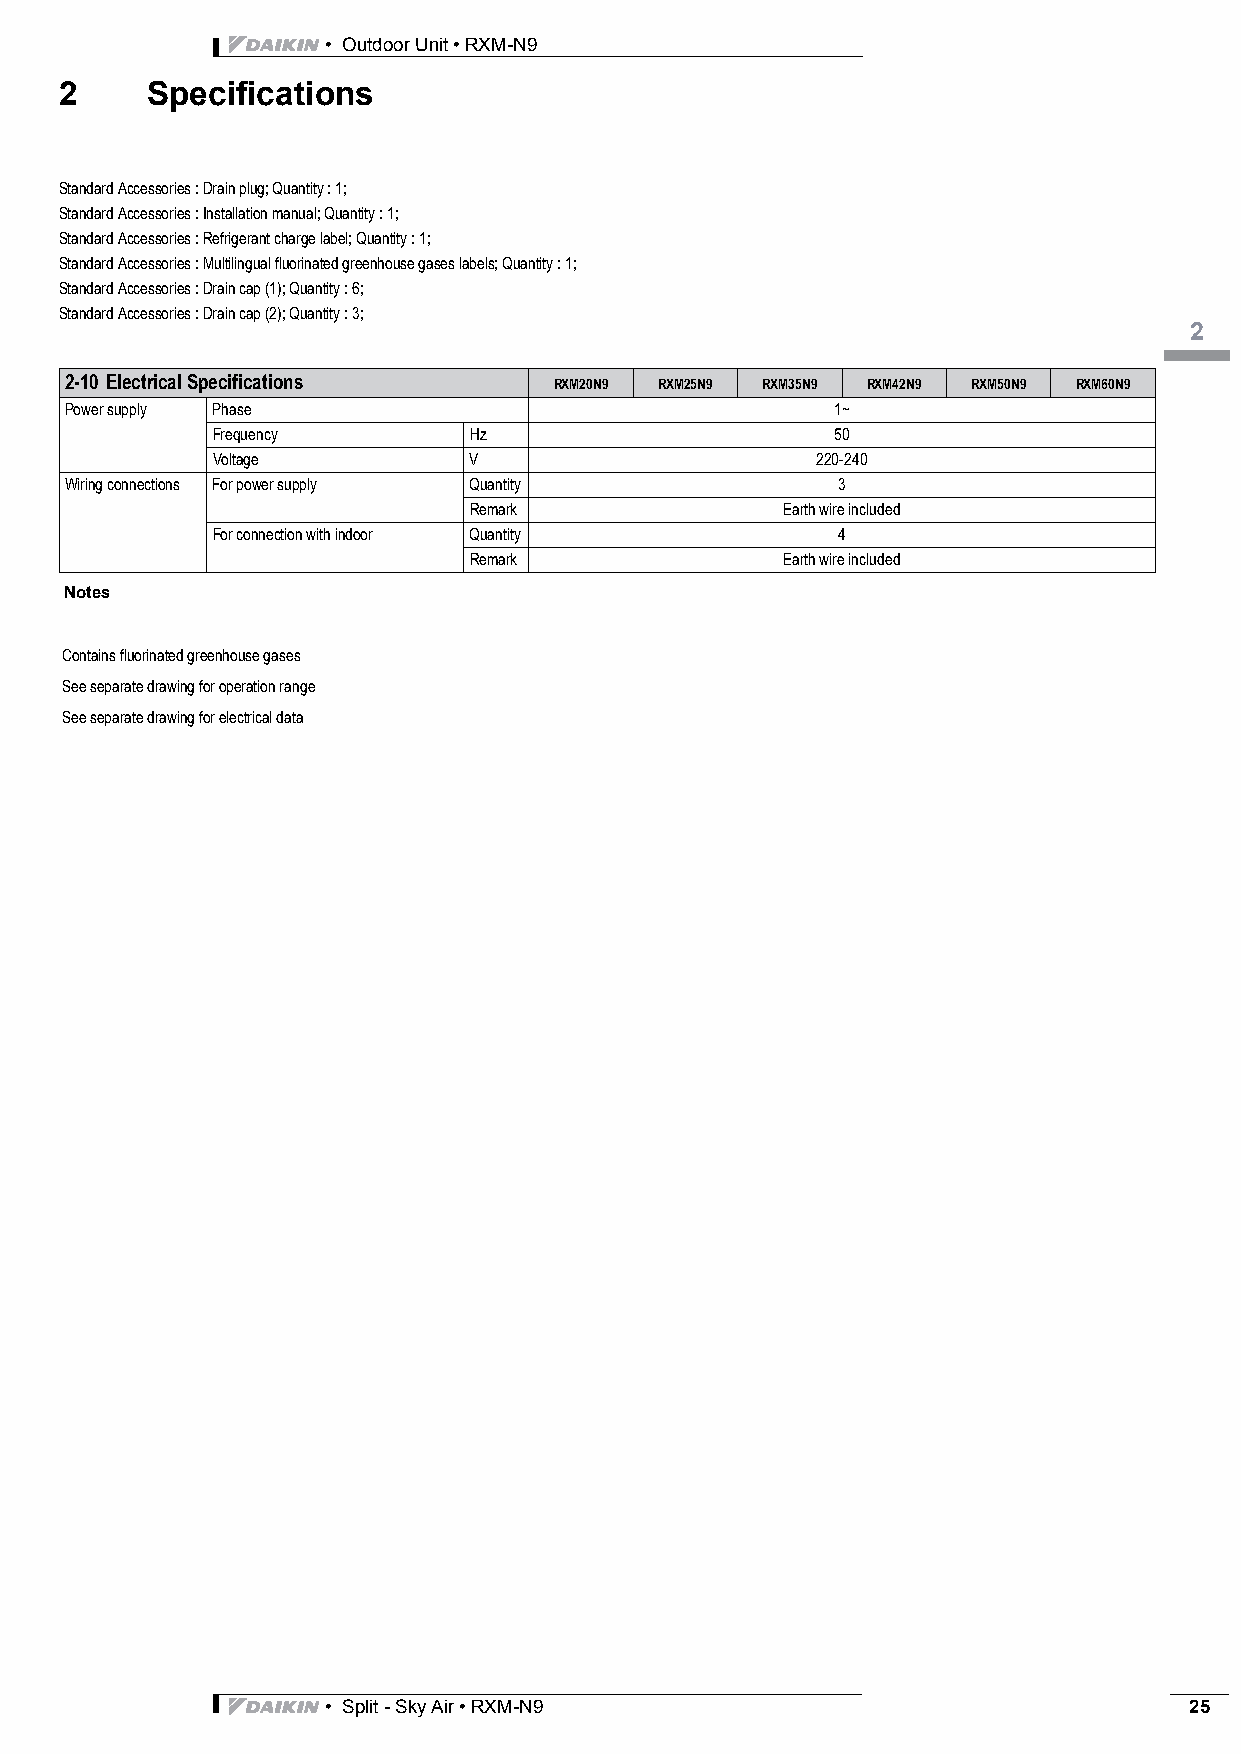
• Outdoor Unit • RXM-N9
 2     Specifications
 Standard Accessories : Drain plug; Quantity : 1;                          3
 Standard Accessories : Installation manual; Quantity : 1;
 Standard Accessories : Refrigerant charge label; Quantity : 1;
 Standard Accessories : Multilingual fluorinated greenhouse gases labels; Quantity : 1;
 Standard Accessories : Drain cap (1); Quantity : 6;
 Standard Accessories : Drain cap (2); Quantity : 3;
 2
 2-10 Electrical Specifications   RXM20N9 RXM25N9 RXM35N9 RXM42N9 RXM50N9 RXM60N9
 Power supply Phase                                 1~
 Frequency        Hz                      50
 Voltage          V                      220-240
 Wiring connections For power supply Quantity       3
 Remark               Earth wire included
 For connection with indoor Quantity      4
 Remark               Earth wire included
 Notes
 Contains fluorinated greenhouse gases
 See separate drawing for operation range
 See separate drawing for electrical data
 • Split - Sky Air • RXM-N9                               25